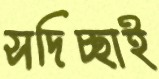
সদিচ্ছাই